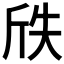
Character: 𭤢